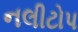
નલીટોપ